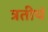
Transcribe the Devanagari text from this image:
त्रतीयं